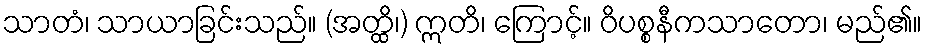
သာတံ၊ သာယာခြင်းသည်။ (အတ္ထိ၊) ဣတိ၊ ကြောင့်။ ဝိပစ္စနီကသာတော၊ မည်၏။